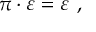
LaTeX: \pi \cdot \varepsilon = \varepsilon ~ ,